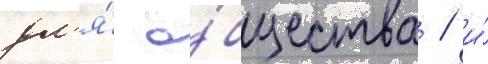
дл'я́ о́бщества / и́